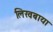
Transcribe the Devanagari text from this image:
लिखबाया